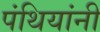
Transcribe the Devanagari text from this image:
पंथियांनी